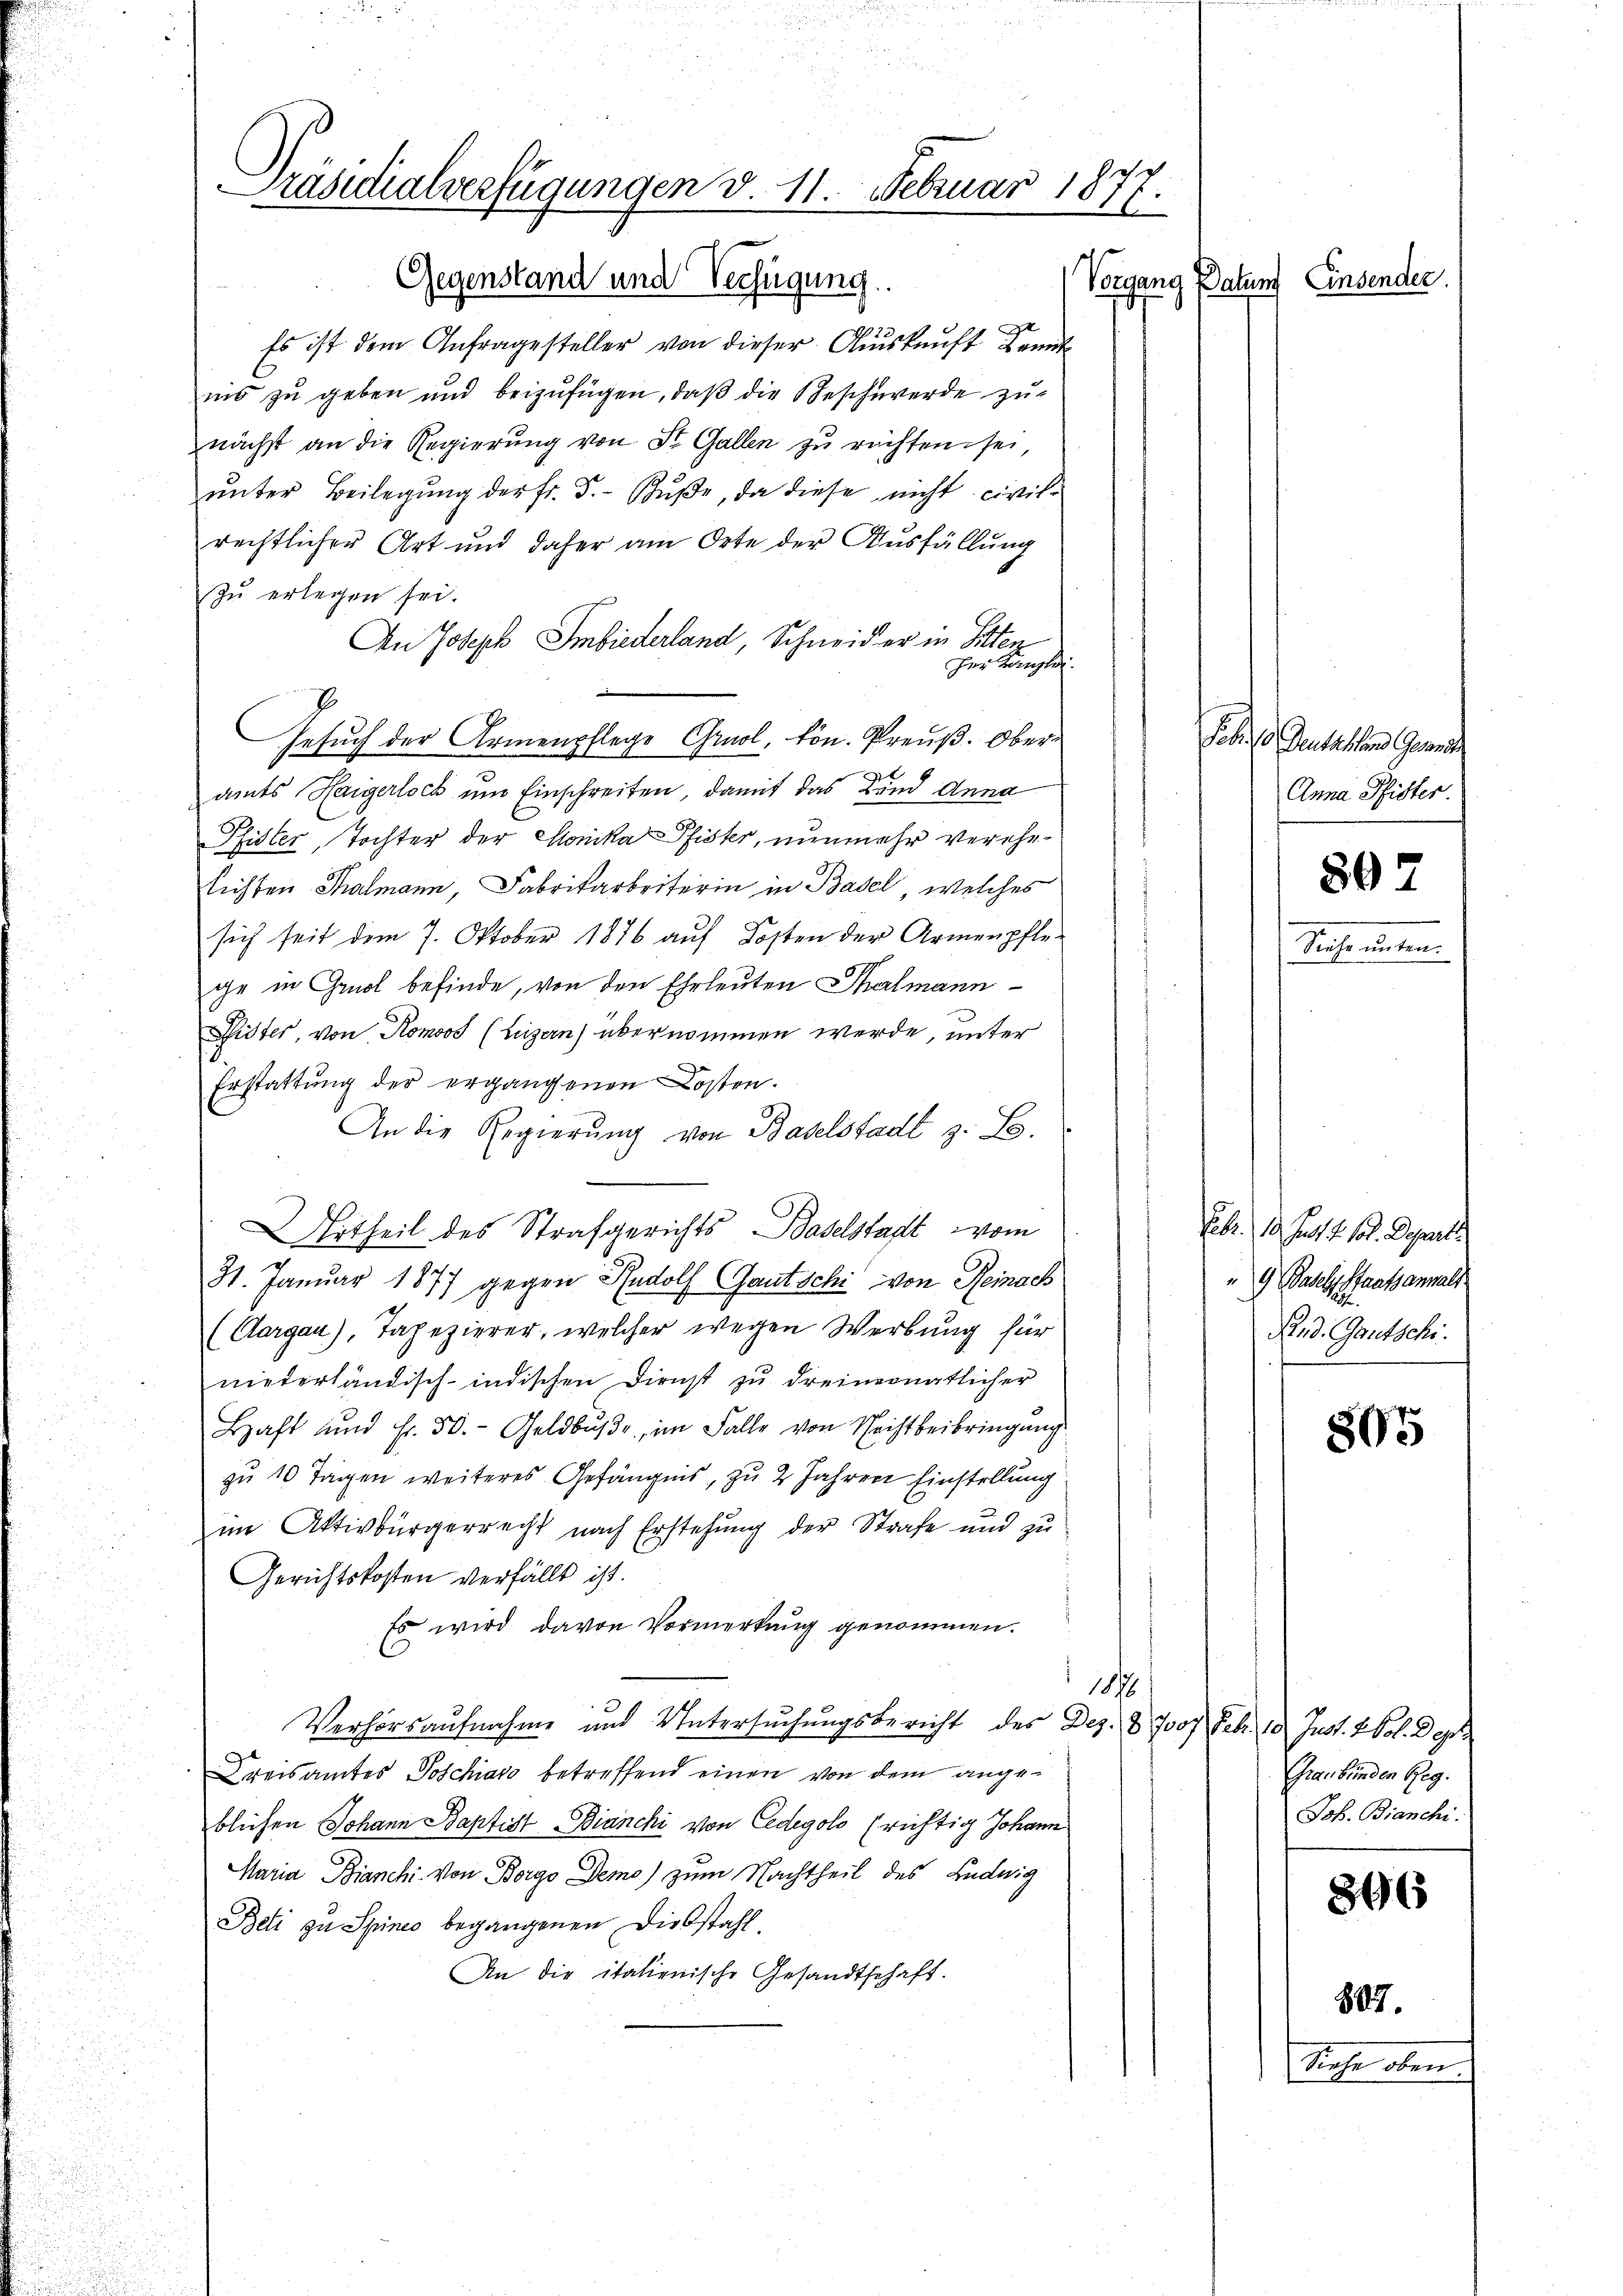
iis zu geben und beizufügen, daß die Beschwerde zu
nächst an die Regierung von St. Gallen zu rechten sei,
ŭnter Beilegŭng der fr. 5. Bŭβe, da diese nicht civilrechtlicher Art und daher am Orte der Ausfüllung
zu erlegen sei.
An Joseph Imbiederland, Schneider in Sitten
Her Kanzlei.
Gesuch der Armenpflege Grol, kön. Preuß. Ober¬

amts Haigerlock um Einschreiten, damit das und Anna
Pfister, Tochter der Monika Pfister, nunmehr verehelichten Thalmann, Fabrikarbeiterin in Basel, welches
sich seit dem 7. Oktober 1876 auf Kosten der Armenpflege in Gruol befinde, von den Ehrleuten Thalmann
Pfister, von Romoos (Luzern) übernommen werde, unter
Erstattung der ergangenen Kosten.
An die Regierung von Baselstadt z. B.
Urtheil des Strafgerichts Baselstadt vom
31. Januar 1877 gegen Rudolf Gautschi von Reinach
(Aargau), Tapezierer, welcher wegen Werbung für
niederländisch-indischen Dienst zu dreinernatlicher
Haft und Fr. 50.- Geldbŭβ, im Falle von Rechtbeibringung
zu 10 Tagen weiteres Gefängnis, zu 2 Jahren Einstellung
im Aktivbürgerrecht nach Erstehung der Strafe und zu
Gerichtskosten verfällt ist.
Es wird davon Vormerkung genommen.
1876.
Verhörsaufnahme und Untersuchungsbericht des Dez. § 7007 Febr. 18. Just. 2 Vol. Dep
Kreisamtes Poschiavo betreffend einen von dem angeblichen Johann Baptist Bianchi von Cedegolo (richtig Johann
Maria Bianchi von Borgo Demo) zum Nachtheil des Ludwig
Beli zu Spines begangenen Diebstahl,
An die italienische Gesandtschaft.

Präsidialverfügungen d. 11. Februar 1877.
7
Gegenstand und Verfügung.
Vorgang Datum Einsender.
Es ist dem Anfragesteller von dieser Auskunft Kreut

Job.   Deutschen Grund
Anna Pfister.
807
Scheinen

Febr. 18. Just 1. 10. Departi
" G. Basels Staatsanwalt
Pand. Gautschi.

505

Graubünden Reg.
Job. Bianchi.

896

887.
Sache oben.